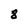
Character: 8